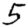
Digit: 5